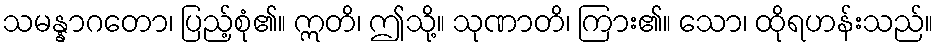
သမန္နာဂတော၊ ပြည့်စုံ၏။ ဣတိ၊ ဤသို့။ သုဏာတိ၊ ကြား၏။ သော၊ ထိုရဟန်းသည်။